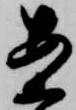
案